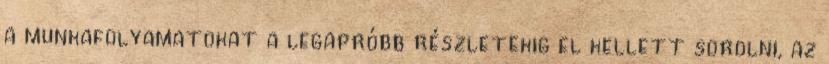
a munkafolyamatokat a legapróbb részletekig el kellett sorolni, az